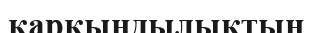
қарқындылықтың